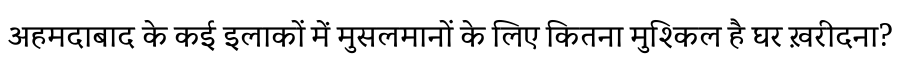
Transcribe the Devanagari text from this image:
अहमदाबाद के कई इलाकों में मुसलमानों के लिए कितना मुश्किल है घर ख़रीदना?